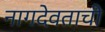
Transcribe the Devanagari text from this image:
नागदेवताची